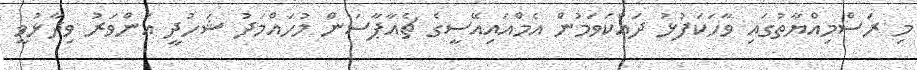
މި ރަސްމިއްޔާތުގައި ވާހަކަފުޅު ދައްކަވަމުން އެމްއައިއޭސީގެ ޗެއާޕާސަން މުހައްމަދު ޝަހުދީ އަންވަރު ވިދާޅުވީ